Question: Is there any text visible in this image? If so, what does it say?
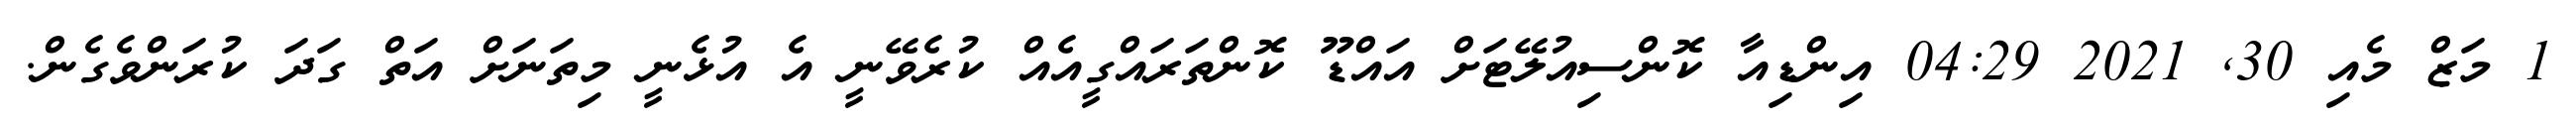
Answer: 1 މަޒް މެއި 30, 2021 04:29 އިންޑިއާ ކޮންސިއުލޭޓަށް އައްޑޫ ކޮންތަރައްގީއެއް ކުރެވޭނީ އެ އުޅެނީ މިތަނަށް އަތް ގަދަ ކުރަންވެގެން.